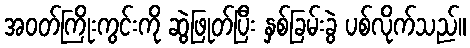
အဝတ်ကြိုးကွင်းကို ဆွဲဖြုတ်ပြီး နှစ်ခြမ်းခွဲ ပစ်လိုက်သည်။